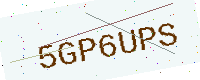
Text: 5GP6UPS